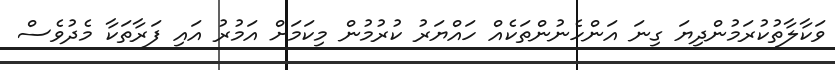
ވަކާލާތުކުރަމުންދިޔަ ގިނަ އަންހެނުންތަކެއް ހައްޔަރު ކުރުމުން މިކަމަށް އަމުރު އައި ފަރާތަކާ މެދުވެސް